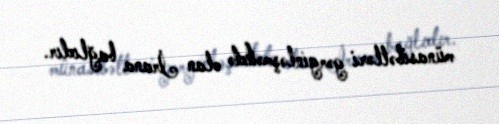
münasibətləri gərginləşməkdə olan İrana bağlıdır.